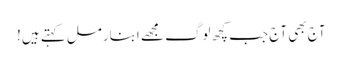
آج بھی آج جب کچھ لوگ مجھے ابنارمل کہتے ہیں!